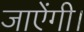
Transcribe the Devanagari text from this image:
जाऐंगी।